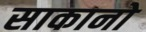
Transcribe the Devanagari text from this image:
साकानो